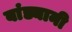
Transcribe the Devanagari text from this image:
बांड्यानी